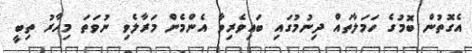
އެގޮތުން ބޮމުގެ ހަމަލާތައް ދިނުމުގައި ބައިވެރިވާ އެންމެން މަރާލެވި ނުވަތަ މިހާރު ތިބީ